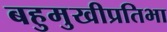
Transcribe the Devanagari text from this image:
बहुमुखीप्रतिभा